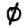
Digit: 0